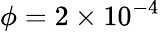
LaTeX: \phi=2\times 10^{-4}